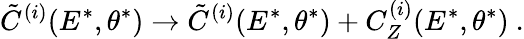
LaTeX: \tilde{C}^{(i)}(E^{*},\theta^{*})\rightarrow\tilde{C}^{(i)}(E^{*},\theta^{*})+C_{Z}^{(i)}(E^{*},\theta^{*})\ .